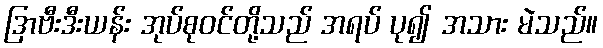
ဒြာဗီးဒီးယန်း အုပ်စုဝင်တို့သည် အရပ် ပု၍ အသား မဲသည်။